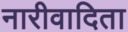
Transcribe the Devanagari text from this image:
नारीवादिता